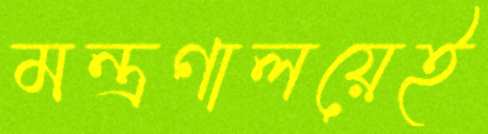
মন্ত্রণালয়েই